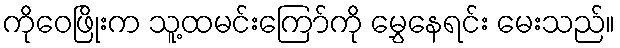
ကိုဝေဖြိုးက သူ့ထမင်းကြော်ကို မွှေနေရင်း မေးသည်။